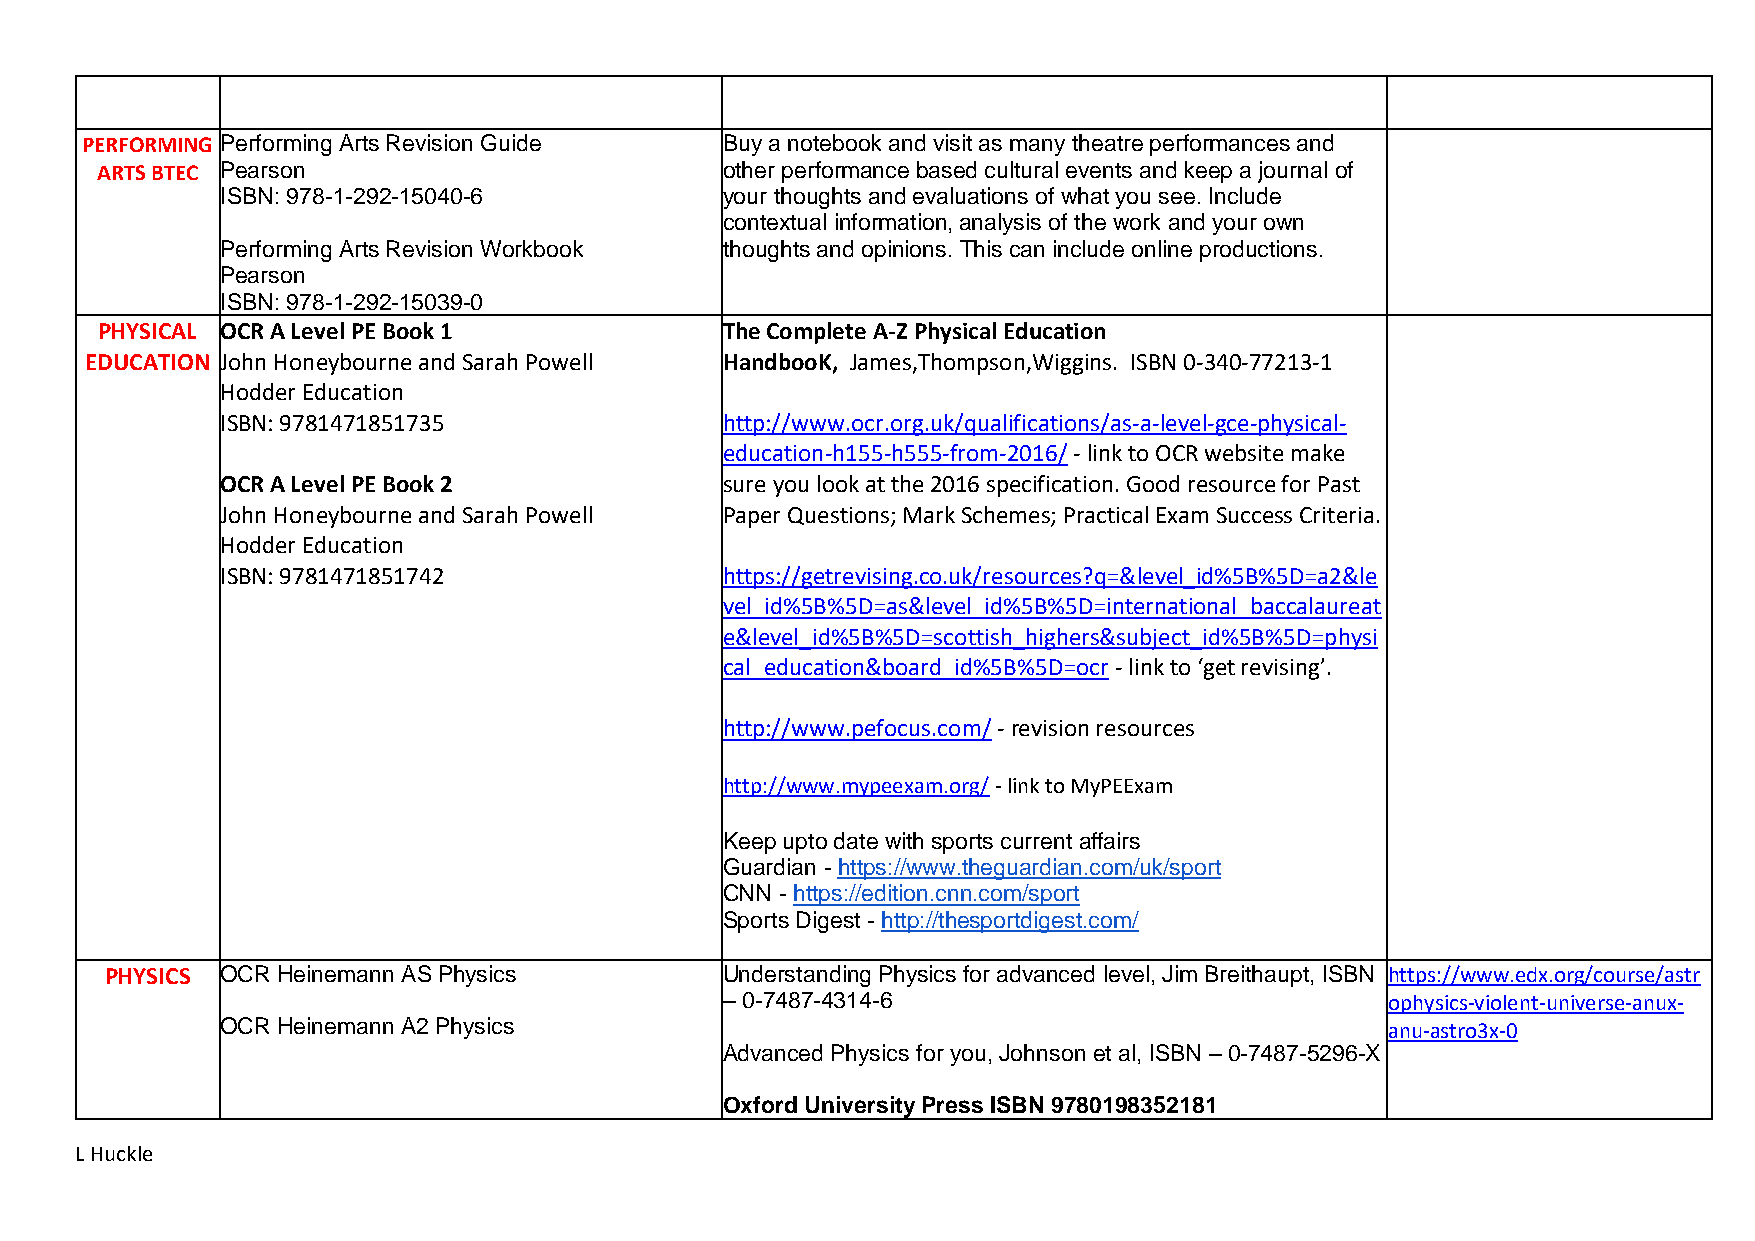
PERFORMING Performing Arts Revision Guide  Buy a notebook and visit as many theatre performances and
 ARTS BTEC Pearson                         other performance based cultural events and keep a journal of
 ISBN: 978-1-292-15040-6          your thoughts and evaluations of what you see. Include
 contextual information, analysis of the work and your own
 Performing Arts Revision Workbook thoughts and opinions. This can include online productions.
 Pearson
 ISBN: 978-1-292-15039-0
 PHYSICAL OCR A Level PE Book 1            The Complete A-Z Physical Education
 EDUCATION John Honeybourne and Sarah Powell HandbooK, James,Thompson,Wiggins. ISBN 0-340-77213-1
 Hodder Education
 ISBN: 9781471851735              http://www.ocr.org.uk/qualifications/as-a-level-gce-physical-
 education-h155-h555-from-2016/ - link to OCR website make
 OCR A Level PE Book 2            sure you look at the 2016 specification. Good resource for Past
 John Honeybourne and Sarah Powell Paper Questions; Mark Schemes; Practical Exam Success Criteria.
 Hodder Education
 ISBN: 9781471851742              https://getrevising.co.uk/resources?q=&level_id%5B%5D=a2&le
 vel_id%5B%5D=as&level_id%5B%5D=international_baccalaureat
 e&level_id%5B%5D=scottish_highers&subject_id%5B%5D=physi
 cal_education&board_id%5B%5D=ocr - link to ‘get revising’.
 http://www.pefocus.com/ - revision resources
 http://www.mypeexam.org/ - link to MyPEExam
 Keep upto date with sports current affairs
 Guardian - https://www.theguardian.com/uk/sport
 CNN - https://edition.cnn.com/sport
 Sports Digest - http://thesportdigest.com/
 PHYSICS OCR Heinemann AS Physics         Understanding Physics for advanced level, Jim Breithaupt, ISBN https://www.edx.org/course/astr
 – 0-7487-4314-6                             ophysics-violent-universe-anux-
 OCR Heinemann A2 Physics                                                     anu-astro3x-0
 Advanced Physics for you, Johnson et al, ISBN – 0-7487-5296-X
 Oxford University Press ISBN 9780198352181
 L Huckle